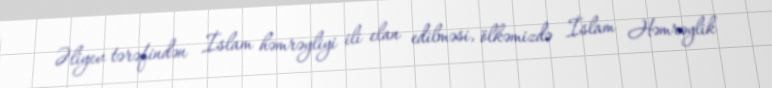
Əliyev tərəfindən İslam həmrəyliyi ili elan edilməsi, ölkəmizdə İslam Həmrəylik